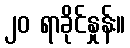
၂၀ ရာခိုင်နှုန်း။